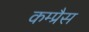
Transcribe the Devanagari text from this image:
कम्प्रैस